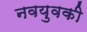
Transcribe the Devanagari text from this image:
नवयुवकी